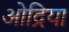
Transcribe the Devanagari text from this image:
ओद्रिया